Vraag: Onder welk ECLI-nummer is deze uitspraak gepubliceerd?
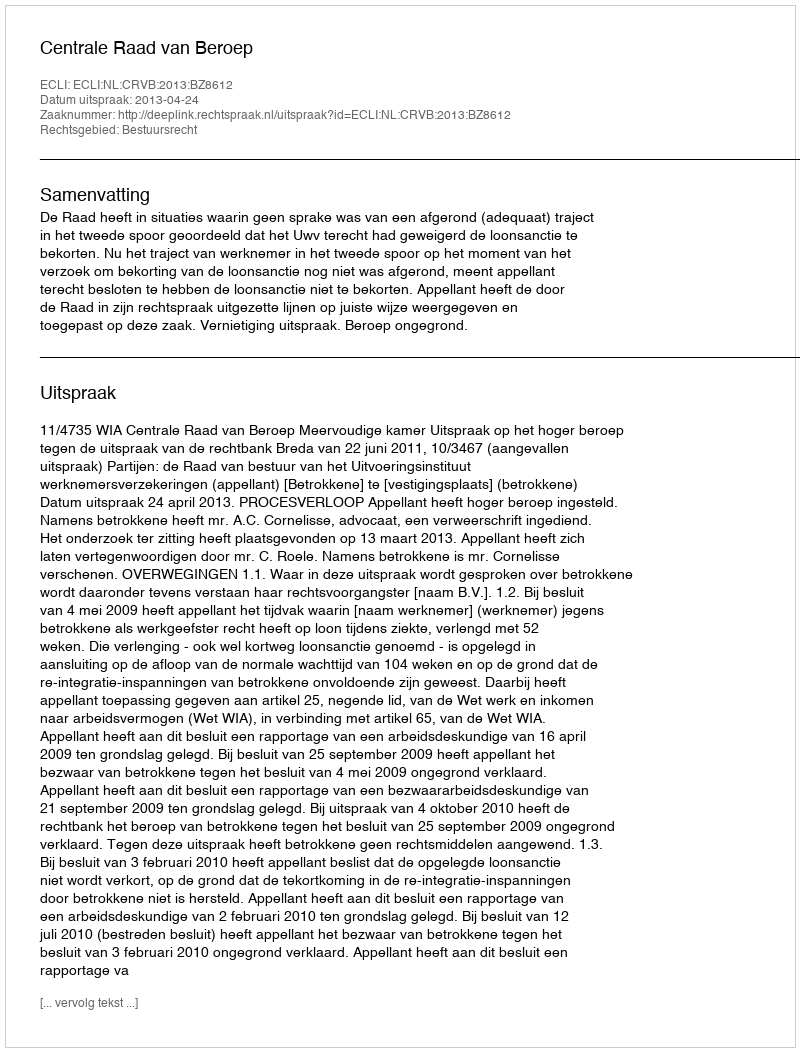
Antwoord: ECLI:NL:CRVB:2013:BZ8612